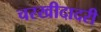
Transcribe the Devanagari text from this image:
चरखीदादरी